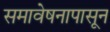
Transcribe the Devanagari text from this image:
समावेषनापासून